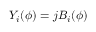
Y _ { i } ( \phi ) = j B _ { i } ( \phi )